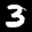
Digit: 3